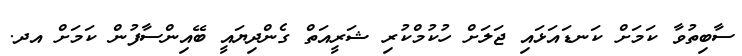
ސާބިތުވާ ކަމަށް ކަނޑައަޅައި ޖަލަށް ހުކުމްކުރި ޝަރީއަތް ގެންދިޔައީ ބޭއިންސާފުން ކަމަށް އދ.